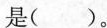
是( )。